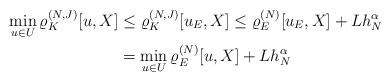
LaTeX: \begin{align*}\min_{u\in U} \varrho^{(N,J)}_K[u,X] &\leq\varrho^{(N,J)}_K[u_{E},X] \leq \varrho^{(N)}_E[u_{E},X] + Lh_N^\alpha \\& = \min_{u\in U} \varrho^{(N)}_E[u,X] + Lh_N^\alpha\quad & \end{align*}